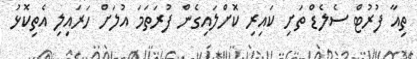
ތިއާ ފުރުޓް ސެލެޑް ތަށި ކައިރި ކޮށްލައިގެން ފުރަތަމަ އުލަށް ހަރައިލި އެތިކޮޅު